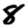
Digit: 8